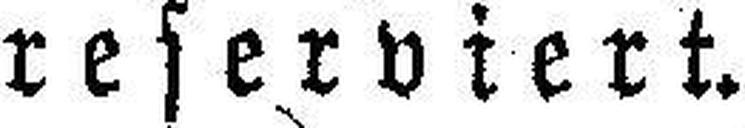
reserviert.